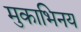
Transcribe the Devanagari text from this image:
मुकाभिनय